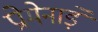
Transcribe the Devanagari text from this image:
प्रोमेनाड़े